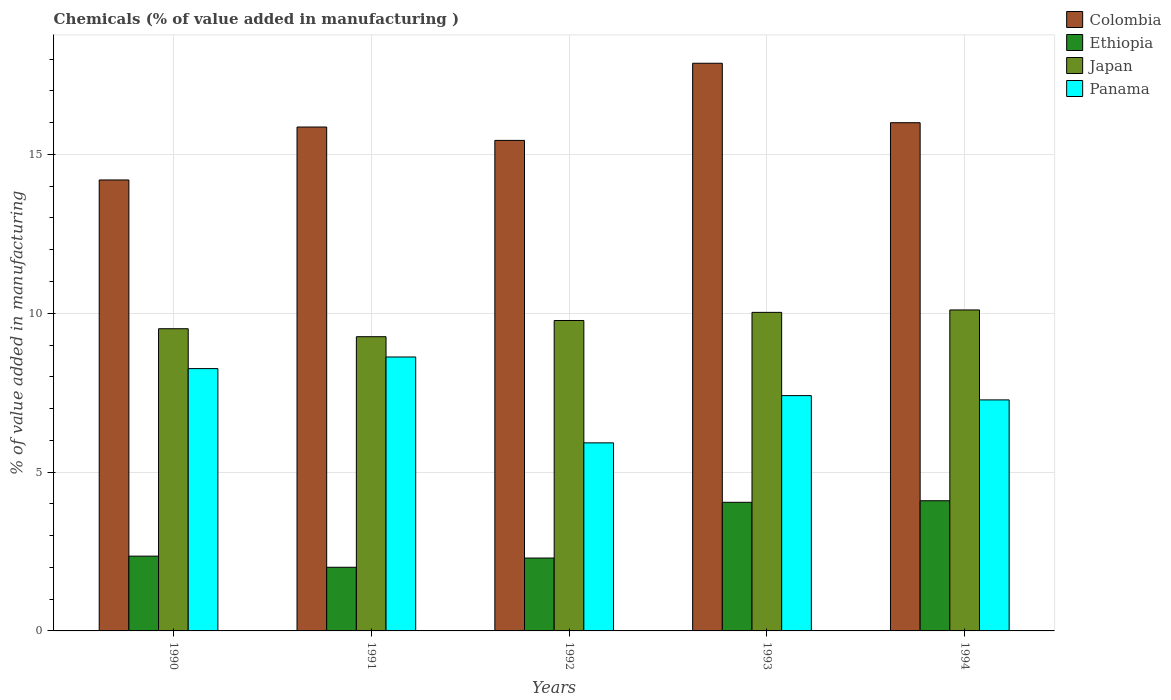
| Years | Colombia | Ethiopia | Japan | Panama |
 | --- | --- | --- | --- | --- |
 | 1990 | 14.2 | 2.35 | 9.51 | 8.26 |
 | 1991 | 15.9 | 2 | 9.26 | 8.62 |
 | 1992 | 15.4 | 2.29 | 9.77 | 5.92 |
 | 1993 | 17.9 | 4.05 | 10 | 7.41 |
 | 1994 | 16 | 4.1 | 10.1 | 7.27 |